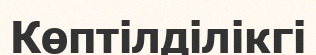
Көптілділікгі